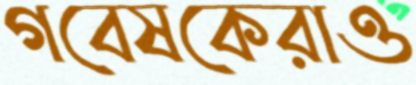
গবেষকেরাও